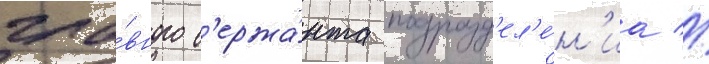
гла́вного с'ержа́нта подразд'ел'е́н'иа //